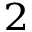
^ 2